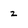
Character: z